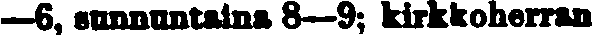
—6, sunnuntaina 8—9; kirkkoherran